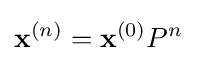
\mathbf {x} ^{(n)}=\mathbf {x} ^{(0)}P^{n}